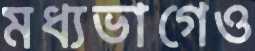
মধ্যভাগেও